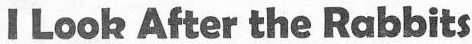
I Looh After the Rabbits